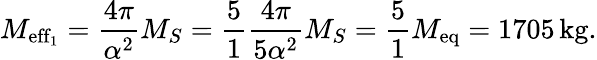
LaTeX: M_{\mathrm{eff_{1}}}=\frac{4\pi}{\alpha^{2}}M_{S}=\frac{5}{1}\frac{4\pi}{5\alpha^{2}}M_{S}=\frac{5}{1}M_{\mathrm{eq}}=1705\, \mathrm{kg.}